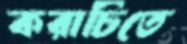
করাচিতে